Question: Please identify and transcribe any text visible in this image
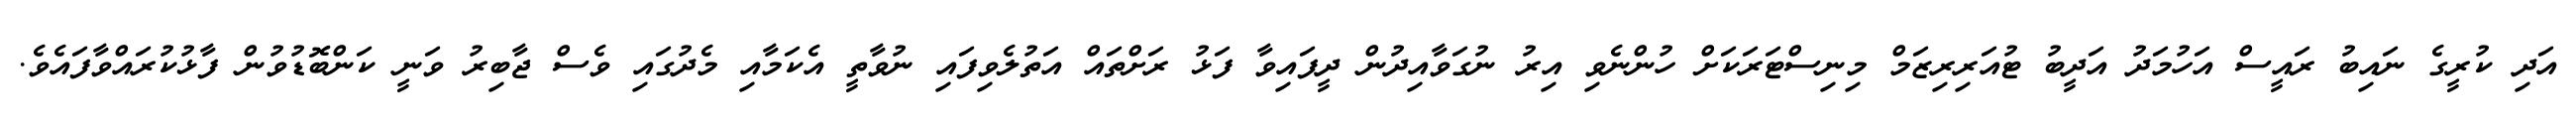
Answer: އަދި ކުރީގެ ނައިބު ރައީސް އަހުމަދު އަދީބު ޓުއަރިރިޒަމް މިނިސްޓަރަކަށް ހުންނެވި އިރު ނުގަވާއިދުން ދީފައިވާ ފަޅު ރަށްތައް އަތުލެވިފައި ނުވާތީ އެކަމާއި މެދުގައި ވެސް ޖާބިރު ވަނީ ކަންބޮޑުވުން ފާޅުކުރައްވާފައެވެ.